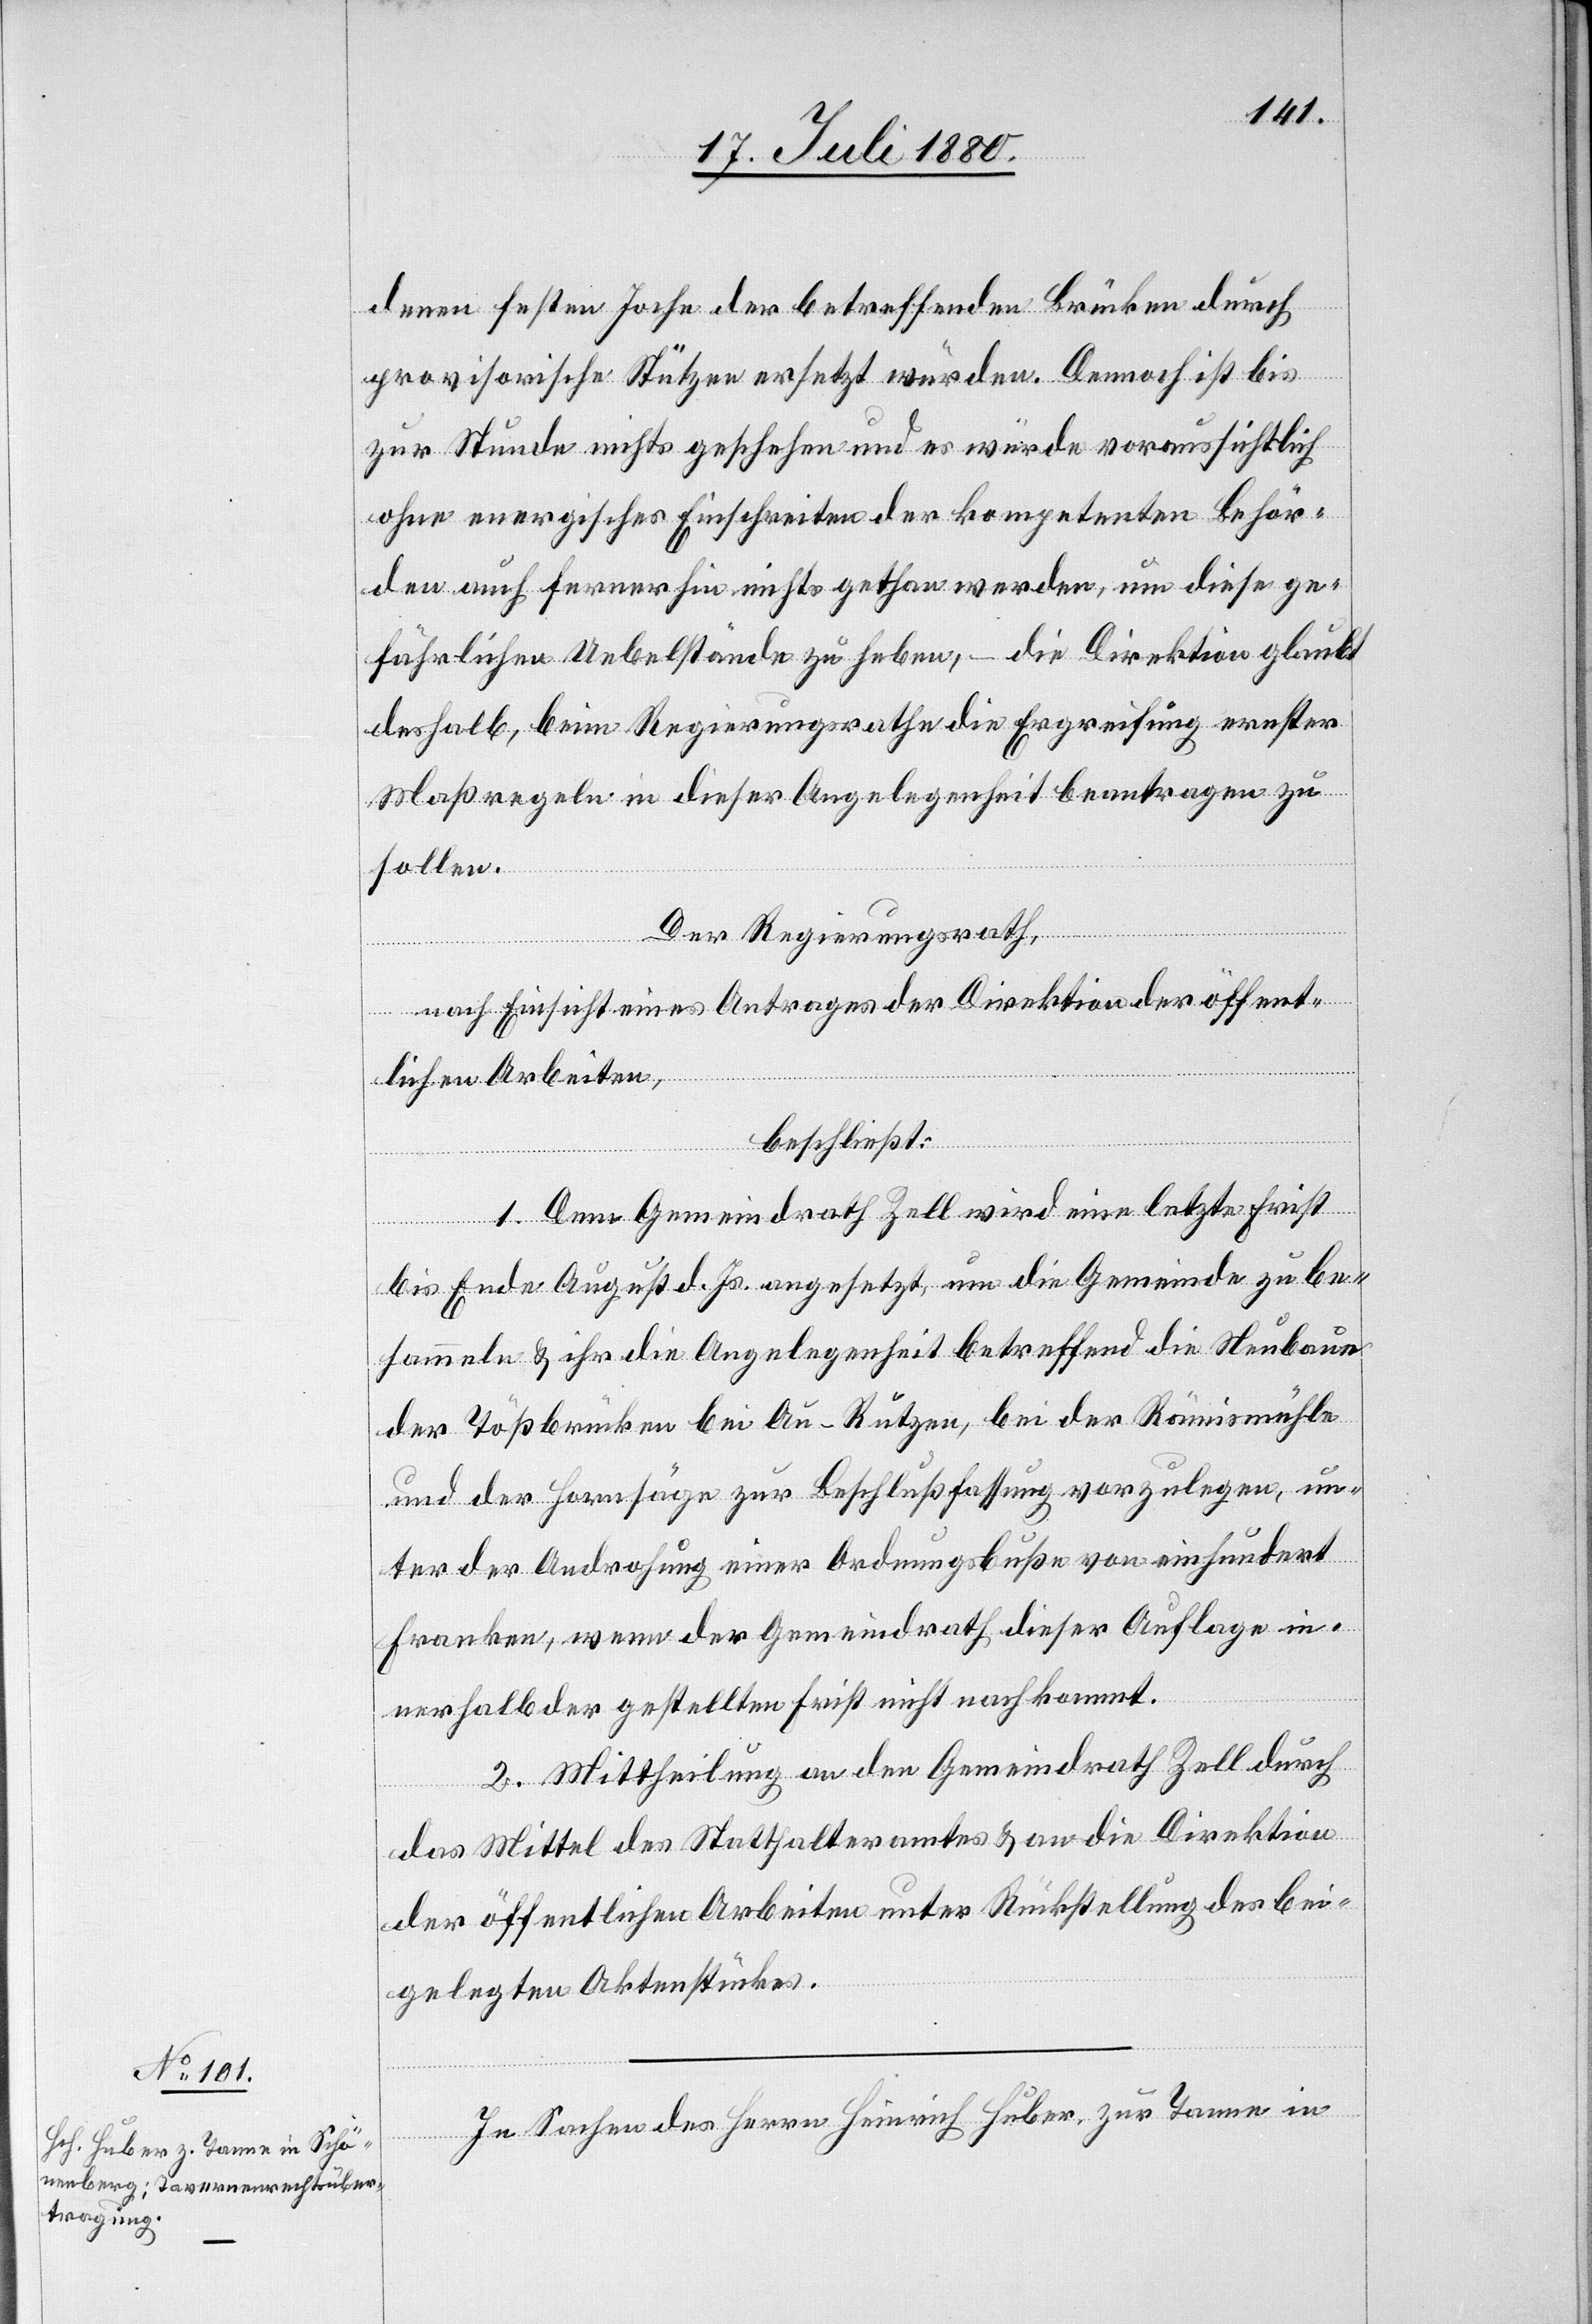
denen festen Joche der betreffenden Brücken durch
provisorische Stützen ersetzt würden. Dennoch ist bis
zur Stunde nichts geschehen und es würde voraussichtlich
ohne energisches Einschreiten der kompetenten Behör¬
den auch fernerhin nichts gethan werden, um diese ge¬
fährlichen Uebelstände zu heben, – die Direktion glaubt
deshalb, beim Regierungsrathe die Ergreifung erster
Maßregeln in dieser Angelegenheit beantragen zu
sollen.
Der Regierungsrath,
nach Einsicht eines Antrages der Direktion der öffent¬
lichen Arbeiten,
beschließt:
1. Dem Gemeindrath Zell wird eine letzte Frist
bis Ende August d. Js. angesetzt, um die Gemeinde zu be¬
sammeln & ihr die Angelegenheit betreffend die Neubaute
der Tößbrücken bei Au - Rutzen, bei der Rämismühle
und der Hornsäge zur Beschlußfassung vorzulegen, un¬
ter der Androhung einer Ordnungsbuße von einhundert
Franken, wenn der Gemeindrath dieser Auflage in¬
nerhalb der gestellten Frist nicht nachkommt.
2. Mittheilung an den Gemeindrath Zell durch
das Mittel des Statthalteramtes & an die Direktion
der öffentlichen Arbeiten unter Rückstellung des bei¬
gelegten Aktenstückes.
In Sachen des Herrn Heinrich Huber, zur Tanne in